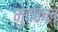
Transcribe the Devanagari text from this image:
मुदकल